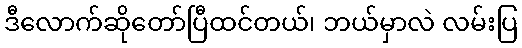
ဒီလောက်ဆိုတော်ပြီထင်တယ်၊ ဘယ်မှာလဲ လမ်းပြ